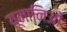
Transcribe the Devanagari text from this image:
यूनानिओं